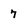
Character: 7